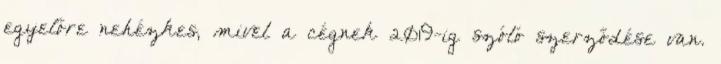
egyelőre nehézkes, mivel a cégnek 2019-ig szóló szerződése van.